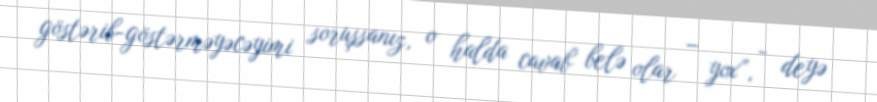
göstərib-göstərməyəcəyimi soruşsanız, o halda cavab belə olar – yox”, - deyə